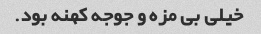
خیلی بی مزه و جوجه کهنه بود.